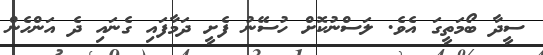
ސީދާ ބޯމަތީގަ އެވެ. ލަސްނުކޮށް ހުސޭނު ފެށީ ދަމާފައި ގެނައި ދެ އަންހެން